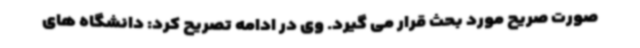
صورت صریح مورد بحث قرار می گیرد. وی در ادامه تصریح کرد: دانشگاه های